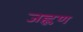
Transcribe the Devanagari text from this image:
जह्लण